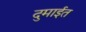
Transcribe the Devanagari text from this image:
दुमाईत